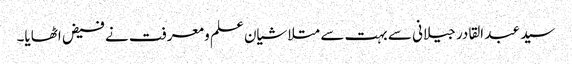
سید عبد القادر جیلانی سے بہت سے متلاشیان علم و معرفت نے فیض اٹھایا۔